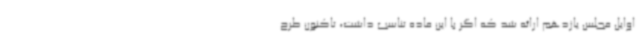
اوایل مجلس یازدهم ارائه شد که اگر با این ماده تناسب داشت، تاکنون طرح